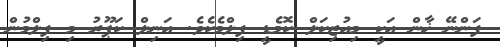
ފަންނޭ ޚާން އަކީ މިއުޒިކަލް ކޮމެޑީ ފިލްމެކެވެ. އަނިލް ކަޕޫރު މި ފިލްމުން